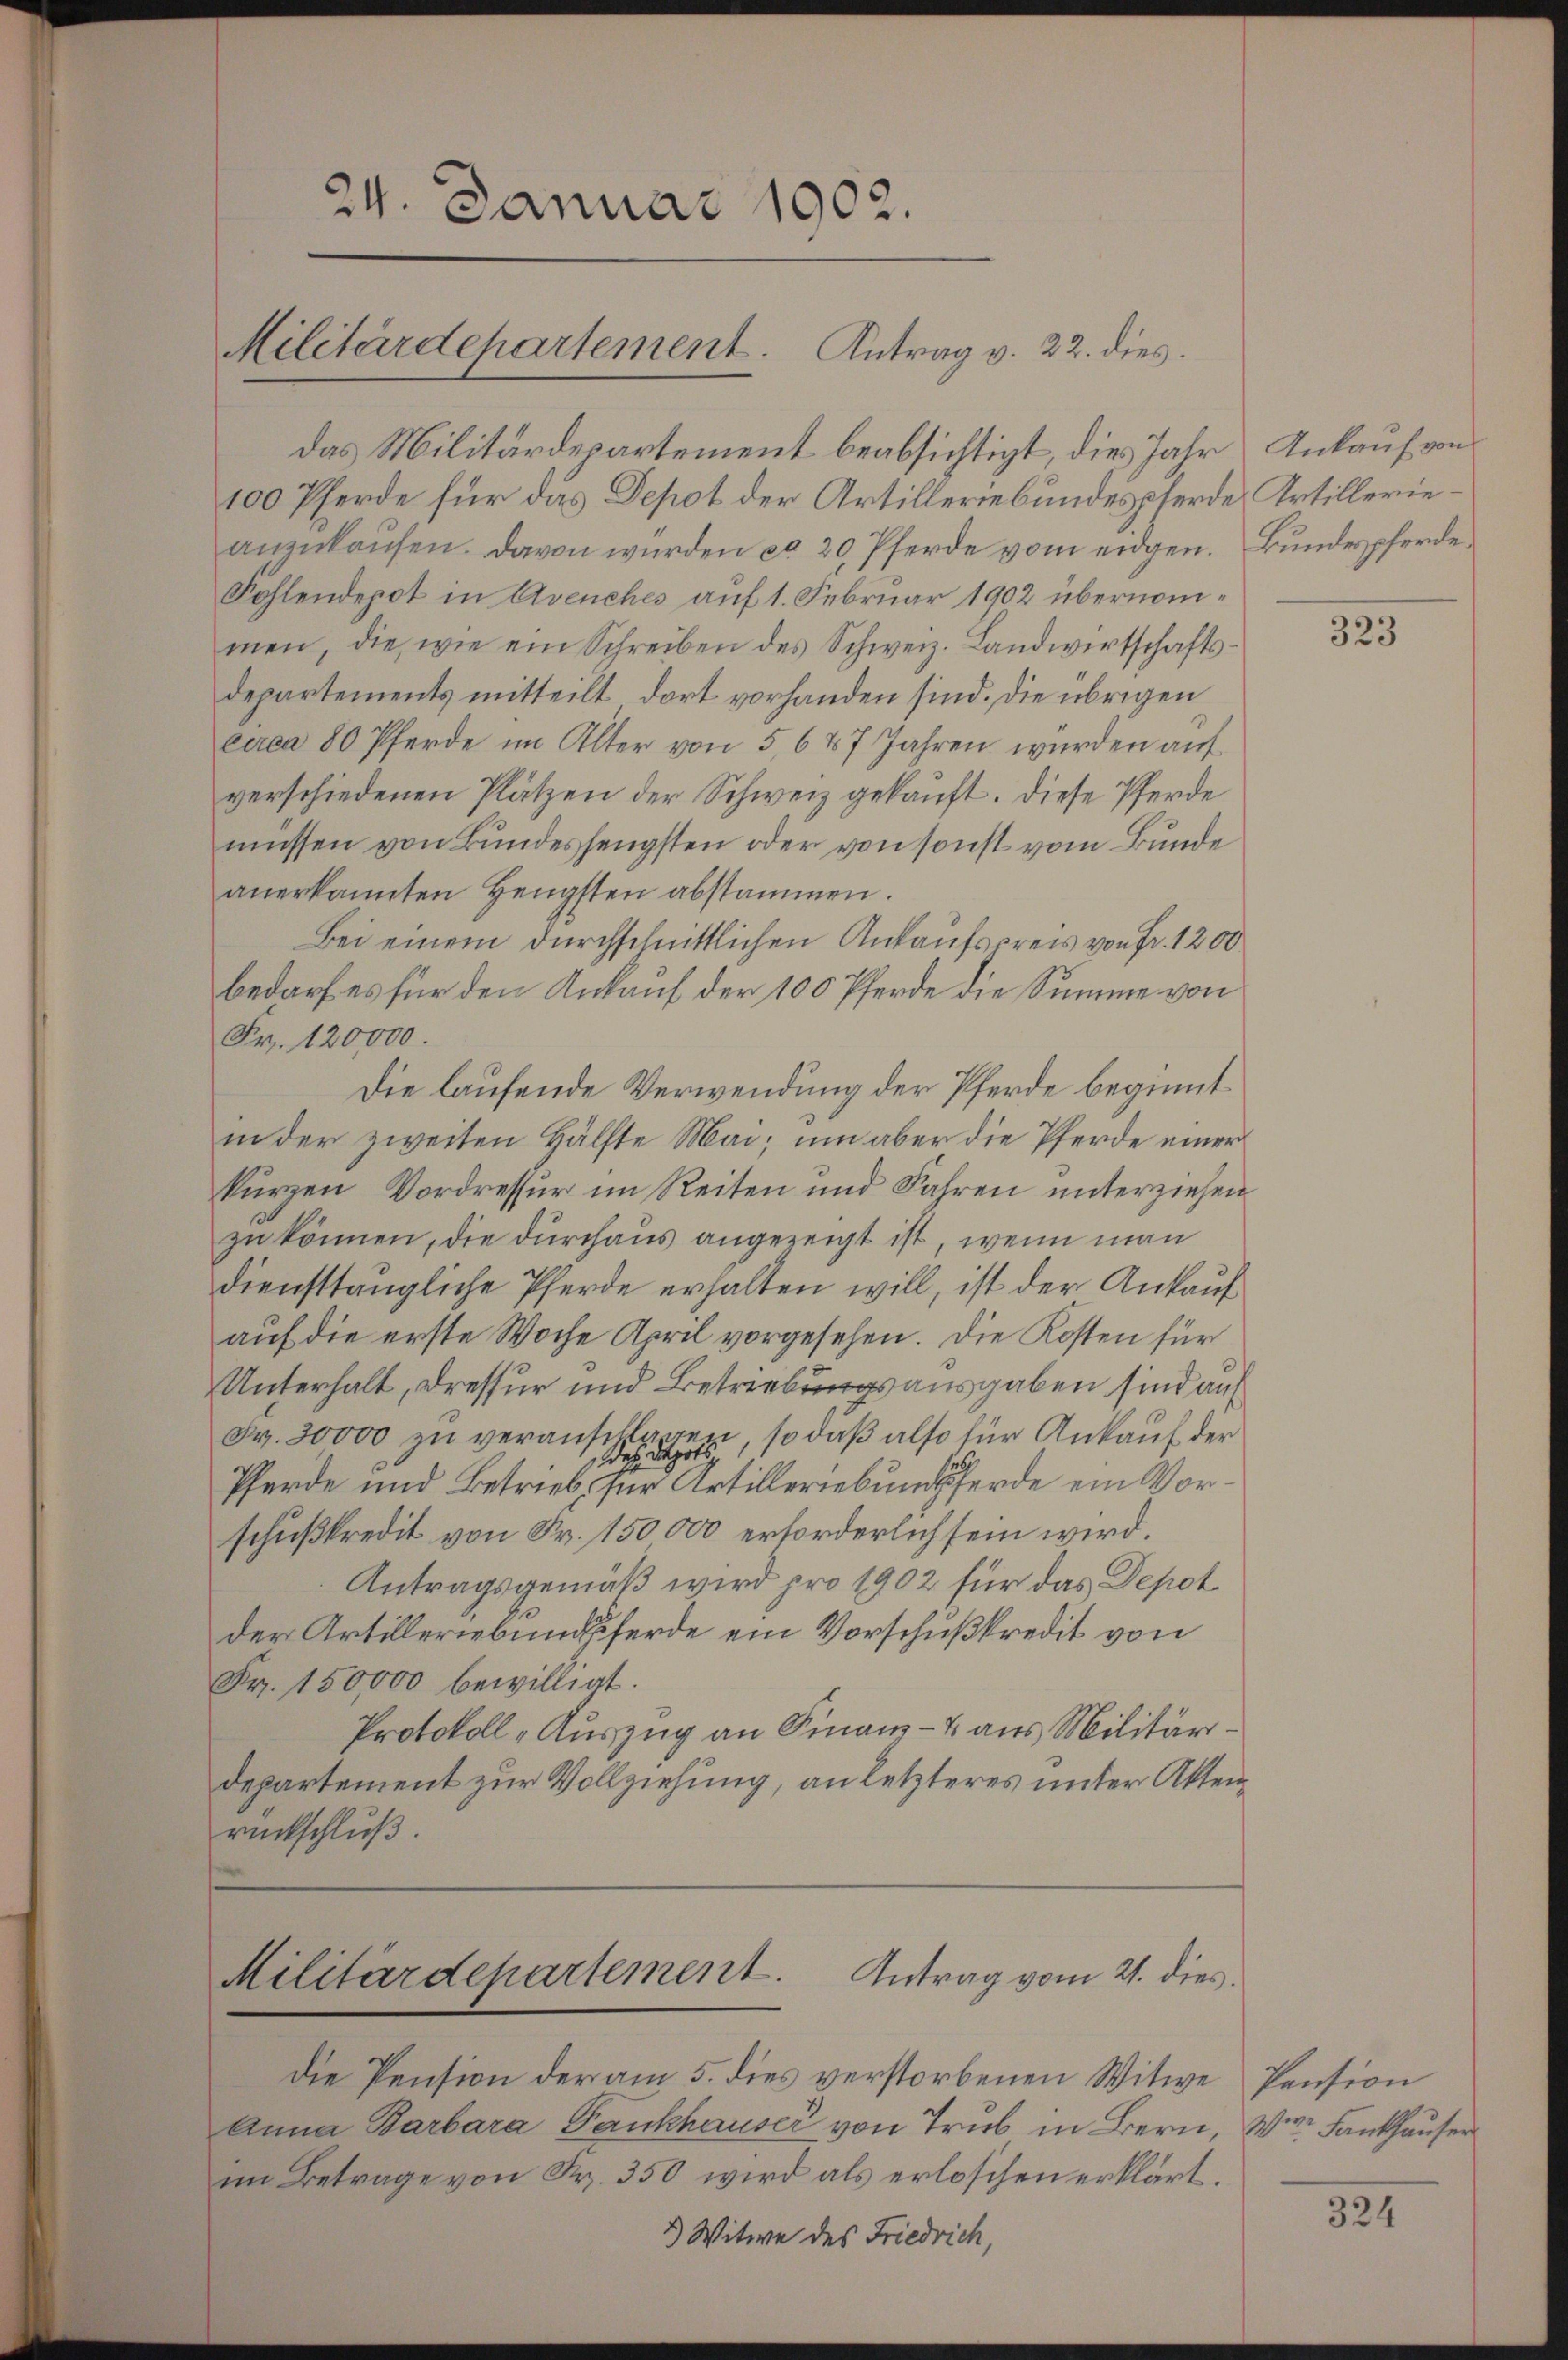
24. Januar 1902.
Militärdepartement. Antrag v. 22. dies

das Militärdepartement beabsichtigt, dies Jahr Ankauf von
100 Pferde für das Depot der Artilleriebundespferde, Artillerieanzŭkaŭfen. Davon wurden ca 20 Pferde vom eidgen. Bundespferde¬
Fohlendepot in Avenches auf 1. Februar 1902 übernommen, die wie ein Schreiben des Schweiz. Landwirtschafts-
departements mitteilt, dort vorhanden sind. Die übrigen
ciren 80 Pferde im Alter von 5,6 47 Jahren wurden auf
verschiedenen Plätzen der Schweiz gekaŭft. Diese Pferde
müssen von Bundessengsten oder von sonst vom Bunde
anerkannten Hengsten abstammen.
Bei einem durchschnittlichen Ankaufspreis von Fr. 1200
bedarf es für den Ankauf der 100 Pferde die Summe von
Fr. 120000.
Die laufende Verwendung der Pferde beginnt
in der zweiten Hälfte Mai, um aber die Pferde einer
kurzen Vordressur im Reiten und Jahren unterziehen
zu können, die durchaus angezeigt ist, wenn man
diensttaugliche Pferde erhalten will, ist der Ankauf
auf die erste Woche April vorgesehen. Die Kosten für
Unterhalt, dressur und Betriebungsausgaben sind auf
Fr. 30000 zu veranschlagen, so daß also für Ankauf der
Pferde und Betrieb, für Artilleriebungsferde ein Vorschußkredit von Fr. 150000 erforderlich sein wird.
Antragsgemäß wird pro 1902 für das Depot
der Artilleriebungferde ein Vorschußkredit von
Fr. 150000 bewilligt.
Protokoll „Auszug an Finanz- & aus Militärdepartement zur Vollziehung, an letzteres unter Aktenrückschlŭβ

Antrag vom 21. dies.
Militärdepartement

die Pension der am 5. dies verstorbenen Witwe Pension
Anna Barbara Fankhauser von Trub in Bern Wie Fankhauser
im Betrage von Fr. 350 wird als erloschen erklärt.
2) Witwe des Friedrich,

323

324